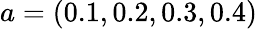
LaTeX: a=(0.1,0.2,0.3,0.4)